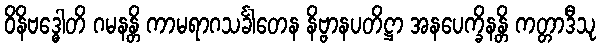
ဝိနိဗဒ္ဓေါတိ ဂမနန္တိ ကာမရာဂသင်္ခါတေန နိဗ္ဗာနပတိဋ္ဌာ အနပေက္ခိနန္တိ ကတ္တာဒီသု